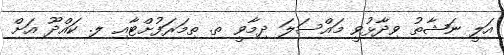
އަލީ ނަޝާތު ވިދާޅުވީ މައްސަލަ ދިމާވީ ތ. ތިމަރަފުށްޓާއި ލ. ކައްދޫ އަށް